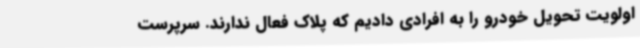
اولویت تحویل خودرو را به افرادی دادیم که پلاک فعال ندارند. سرپرست